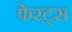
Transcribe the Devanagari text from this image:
फेरट्स